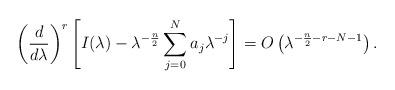
LaTeX: \begin{align*} \left(\frac{d}{d\lambda}\right)^r\left[I(\lambda) - \lambda^{-\frac{n}{2}} \sum_{j=0}^N a_j \lambda^{-j}\right] = O\left(\lambda^{-\frac{n}{2}-r-N-1}\right). \end{align*}